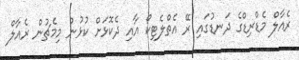
ރެއާލް މެޑްރިޑްގެ ދަނޑުގައި ރޭ އެތްލެޓިކޯ އާއި ދެކޮޅަށް ކުޅުނު މިމެޗުން ރެއާލް